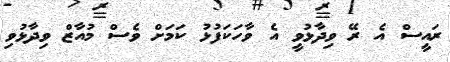
ރައީސް އެ ރޭ ވިދާޅުވީ އެ ވާހަކަފުޅު ކަމަށް ވެސް މުއާޒް ވިދާޅުވި